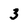
Character: 3